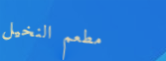
مطعم النخيل